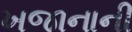
ખજાનાની